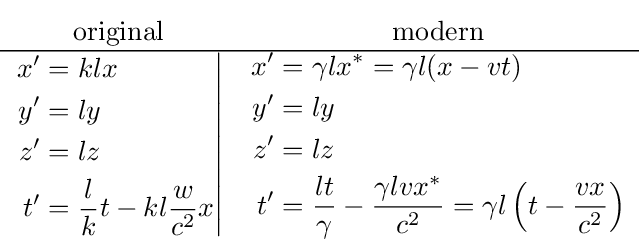
{\begin{matrix}{\text{original}}&{\text{modern}}\\\hline \left.{\begin{aligned}x^{\prime }&=klx\\y^{\prime }&=ly\\z^{\prime }&=lz\\t'&={\frac {l}{k}}t-kl{\frac {w}{c^{2}}}x\end{aligned}}\right|&{\begin{aligned}x^{\prime }&=\gamma lx^{\ast }=\gamma l(x-vt)\\y^{\prime }&=ly\\z^{\prime }&=lz\\t^{\prime }&={\frac {lt}{\gamma }}-{\frac {\gamma lvx^{\ast }}{c^{2}}}=\gamma l\left(t-{\frac {vx}{c^{2}}}\right)\end{aligned}}\end{matrix}}